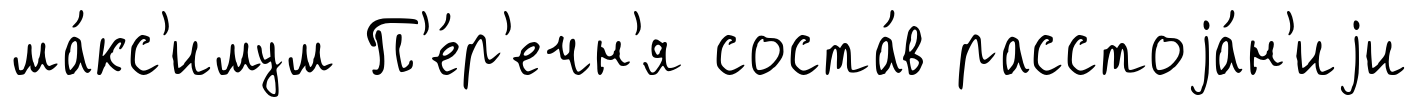
ма́кс'имум П'е́р'ечн'я соста́в расстоjа́н'иjи